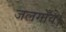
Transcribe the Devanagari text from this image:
जलगाँव।